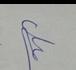
Signature authenticity: genuine